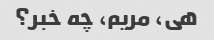
هی، مریم، چه خبر؟